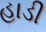
હાડી